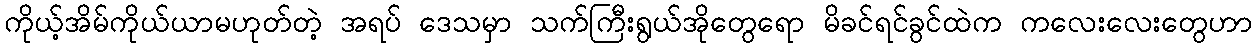
ကိုယ့်အိမ်ကိုယ်ယာမဟုတ်တဲ့ အရပ် ဒေသမှာ သက်ကြီးရွယ်အိုတွေရော မိခင်ရင်ခွင်ထဲက ကလေးလေးတွေဟာ